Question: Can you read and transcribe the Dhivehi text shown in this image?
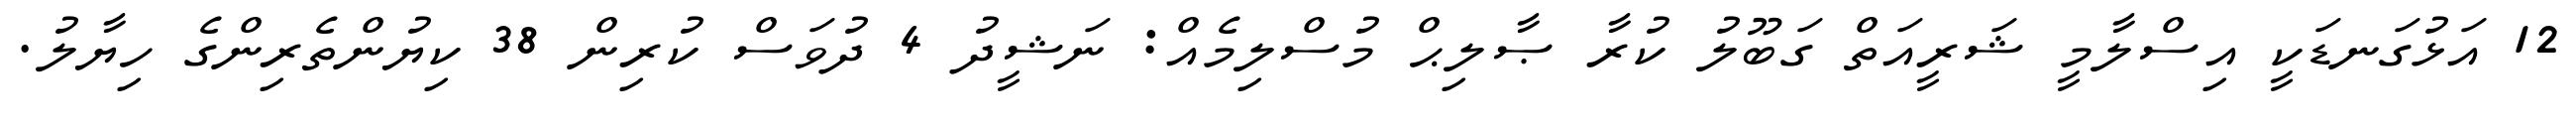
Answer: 12 އަޅުގަނޑަކީ އިސްލާމީ ޝަރީއަތް ގަބޫލު ކުރާ ޞާލިޙް މުސްލިމެއް: ނަޝީދު 4 ދުވަސް ކުރިން 38 ކިޔުންތެރިންގެ ހިޔާލު.